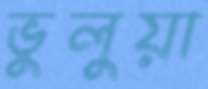
ভুলুয়া